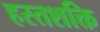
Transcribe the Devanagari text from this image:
हस्तशक्ति